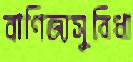
বাণিজ্যসুবিধা